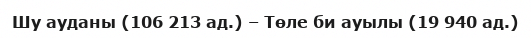
Шу ауданы (106 213 ад.) – Төле би ауылы (19 940 ад.)